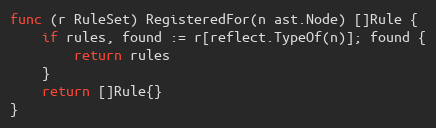
Language: Go
func (r RuleSet) RegisteredFor(n ast.Node) []Rule {
	if rules, found := r[reflect.TypeOf(n)]; found {
		return rules
	}
	return []Rule{}
}